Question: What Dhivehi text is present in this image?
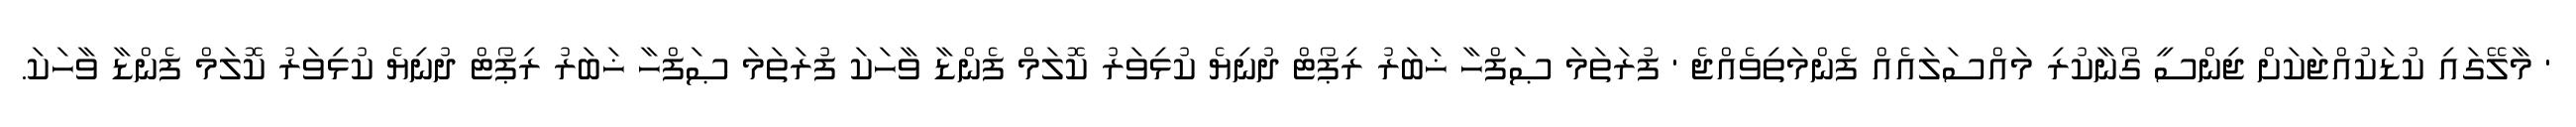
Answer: ' މާލޭގައި ކުޑަކުއްޖަކަށް ޖިންސީ ގޯނާކުރި މައްސަލައެއް ފެންމަތިވެއްޖެ ' ފުރަތަމަ ޞަފްހާ ޚަބަރު ރިޕޯޓް ދުނިޔެ ކުޅިވަރު ކޮލަމް ފެންޑާ ވާހަކަ ފުރަތަމަ ޞަފްހާ ޚަބަރު ރިޕޯޓް ދުނިޔެ ކުޅިވަރު ކޮލަމް ފެންޑާ ވާހަކަ.